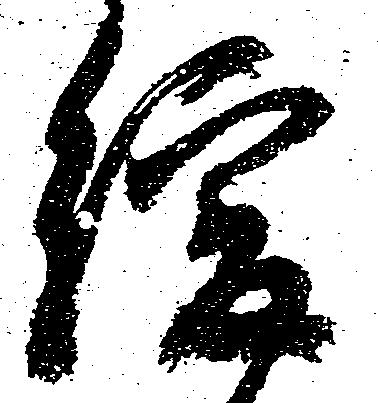
緩